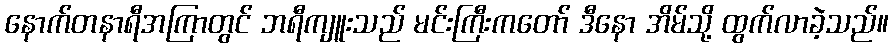
နောက်တနာရီအကြာတွင် ဘရီကျူးသည် မင်းကြီးကတော် ဒီနော အိမ်သို့ ထွက်လာခဲ့သည်။